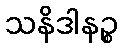
သနိဒါနဉ္စ